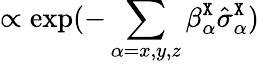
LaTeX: \propto\exp(-\sum_{\alpha=x,y,z}\beta_{\alpha}^{\tt X}\hat{\sigma}_{\alpha}^{\tt X})